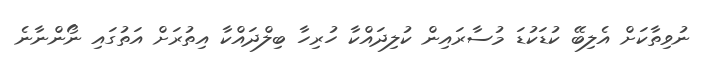
ނުވިތާކަށް އެލިބޭ ކުޑަކުޑަ މުސާރައިން ކުލިދައްކާ ހުރިހާ ބިލްދައްކާ އިތުރަށް އަތުގައި ނޯންނާނެ